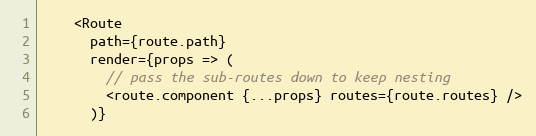
Language: JavaScript
    <Route
      path={route.path}
      render={props => (
        // pass the sub-routes down to keep nesting
        <route.component {...props} routes={route.routes} />
      )}